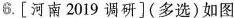
6.[河南2019调研](多选)如图